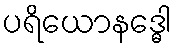
ပရိယောနဒ္ဓေါ